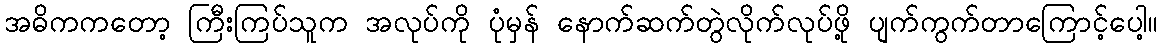
အဓိကကတော့ ကြီးကြပ်သူက အလုပ်ကို ပုံမှန် နောက်ဆက်တွဲလိုက်လုပ်ဖို့ ပျက်ကွက်တာကြောင့်ပေါ့။